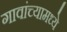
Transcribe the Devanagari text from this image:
गावांच्यामध्ये